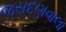
જસદણવાલા